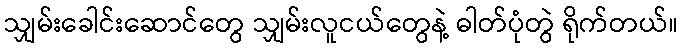
သျှမ်းခေါင်းဆောင်တွေ သျှမ်းလူငယ်တွေနဲ့ ဓါတ်ပုံတွဲ ရိုက်တယ်။